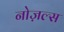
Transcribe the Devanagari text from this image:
नोज़ल्स